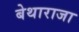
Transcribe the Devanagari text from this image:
बेथाराजा